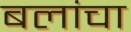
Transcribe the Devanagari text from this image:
बलांचा